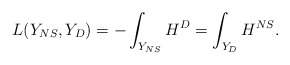
\begin{align*}L(Y_{NS},Y_D) = - \int_{Y_{NS}} H^D = \int_{Y_D} H^{NS}.\end{align*}